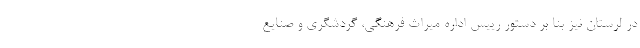
در لرستان نیز بنا بر دستور رییس اداره میراث فرهنگی، گردشگری و صنایع